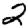
Digit: 2